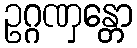
ဥဂ္ဂဏှန္တော